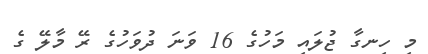
މި ހިނގާ ޖުލައި މަހުގެ 16 ވަނަ ދުވަހުގެ ރޭ މާލޭ ގެ